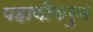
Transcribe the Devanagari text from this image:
पहाणीकरुन